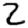
Digit: 2